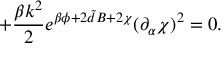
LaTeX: + \frac { \beta k ^ { 2 } } { 2 } e ^ { \beta \phi + 2 { \tilde { d } } B + 2 \chi } ( \partial _ { \alpha } \chi ) ^ { 2 } = 0 .